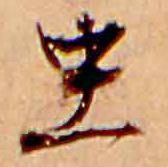
虫